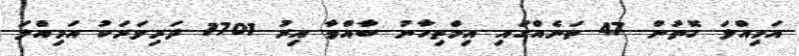
އަމިއްލަ ގޮތުން 47 ތަނެއްގައި އިމްތިހާނު ބާއްވާ އިރު 1701 ދަރިވަރަކު އަމިއްލަ